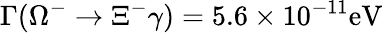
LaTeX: \Gamma(\Omega^{-}\rightarrow\Xi^{-}\gamma)=5.6\times 10^{-11}\mathrm{eV}